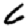
Digit: 6